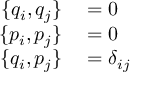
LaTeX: \begin{array} { r l } { \{ q _ { i } , q _ { j } \} } & { { } = 0 } \\ { \{ p _ { i } , p _ { j } \} } & { { } = 0 } \\ { \{ q _ { i } , p _ { j } \} } & { { } = \delta _ { i j } } \end{array}